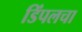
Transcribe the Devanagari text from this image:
डिंपलचा